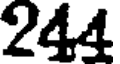
244